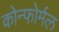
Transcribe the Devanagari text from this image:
कोन्फोर्मल